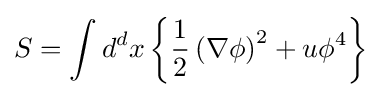
\displaystyle S=\int d^{d}x\left\{{\frac {1}{2}}\left(\nabla \phi \right)^{2}+u\phi ^{4}\right\}